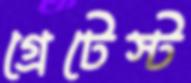
গ্রেটেস্ট